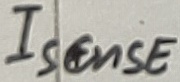
Text: Isense